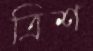
ত্রিশ